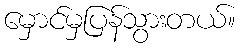
မှောင်မှပြန်သွားတယ်။